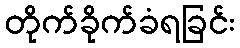
တိုက်ခိုက်ခံရခြင်း